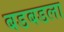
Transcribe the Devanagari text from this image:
बडबडला